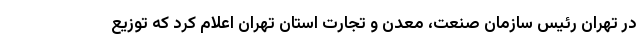
در تهران رئیس سازمان صنعت، معدن و تجارت استان تهران اعلام کرد که توزیع